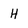
Character: H